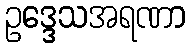
ဥဒ္ဒေသအရဏာ